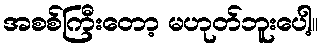
အစစ်ကြီးတော့ မဟုတ်ဘူးပေါ့။